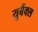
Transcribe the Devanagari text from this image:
युबैंक्स